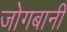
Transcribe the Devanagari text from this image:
जोगबानी